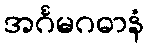
အင်္ဂမဂဓာနံ